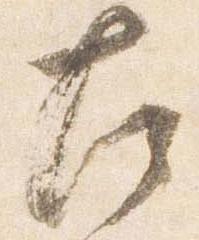
左